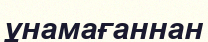
ұнамағаннан